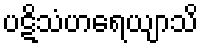
ပဋိသံဟရေယျာသိ